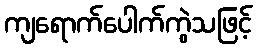
ကျရောက်ပေါက်ကွဲသဖြင့်